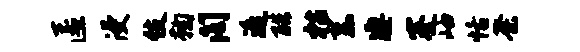
匿浸伎鞠阁遥酷枯系凄蹇岫恬荼